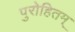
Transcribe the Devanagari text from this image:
पुरोहितम्